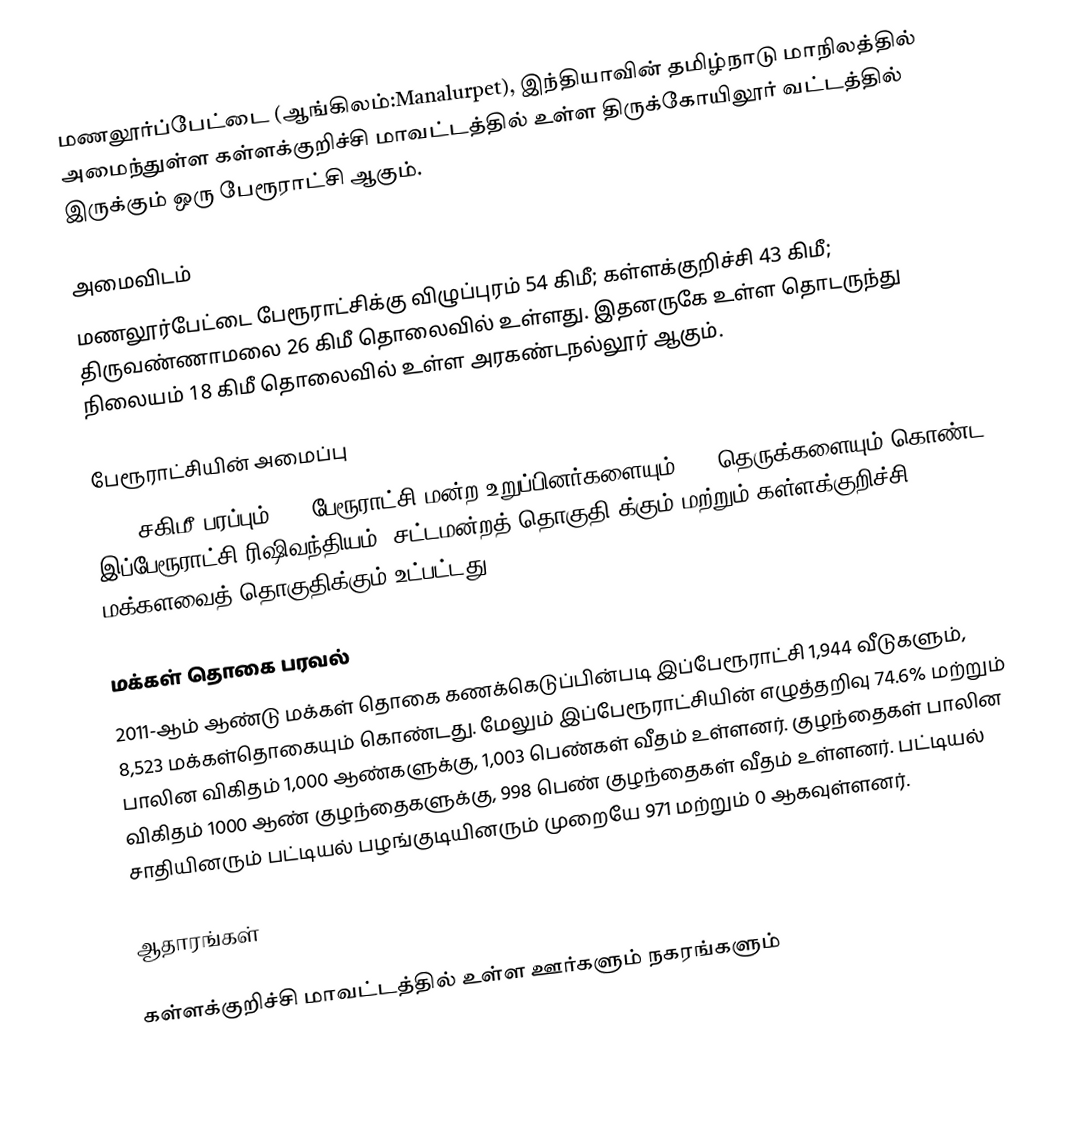
மணலூர்ப்பேட்டை (ஆங்கிலம்:Manalurpet), இந்தியாவின் தமிழ்நாடு மாநிலத்தில் அமைந்துள்ள கள்ளக்குறிச்சி  மாவட்டத்தில் உள்ள திருக்கோயிலூர் வட்டத்தில் இருக்கும் ஒரு பேரூராட்சி ஆகும்.

அமைவிடம்
மணலூர்பேட்டை பேரூராட்சிக்கு விழுப்புரம் 54 கிமீ; கள்ளக்குறிச்சி 43 கிமீ; திருவண்ணாமலை 26 கிமீ தொலைவில் உள்ளது. இதனருகே உள்ள தொடருந்து நிலையம் 18 கிமீ தொலைவில் உள்ள அரகண்டநல்லூர் ஆகும்.

பேரூராட்சியின் அமைப்பு
2.86 சகிமீ பரப்பும், 15 பேரூராட்சி மன்ற உறுப்பினர்களையும்,     62 தெருக்களையும் கொண்ட  இப்பேரூராட்சி ரிஷிவந்தியம் (சட்டமன்றத் தொகுதி)க்கும் மற்றும் கள்ளக்குறிச்சி மக்களவைத் தொகுதிக்கும் உட்பட்டது.

மக்கள் தொகை பரவல்
2011-ஆம் ஆண்டு மக்கள் தொகை கணக்கெடுப்பின்படி இப்பேரூராட்சி 1,944     வீடுகளும், 8,523 மக்கள்தொகையும் கொண்டது. மேலும் இப்பேரூராட்சியின் எழுத்தறிவு 74.6% மற்றும் பாலின விகிதம் 1,000 ஆண்களுக்கு, 1,003 பெண்கள் வீதம் உள்ளனர். குழந்தைகள் பாலின விகிதம் 1000 ஆண் குழந்தைகளுக்கு,  998   பெண் குழந்தைகள் வீதம் உள்ளனர்.  பட்டியல் சாதியினரும் பட்டியல் பழங்குடியினரும் முறையே 971 மற்றும் 0 ஆகவுள்ளனர்.

ஆதாரங்கள்

கள்ளக்குறிச்சி மாவட்டத்தில் உள்ள ஊர்களும் நகரங்களும்